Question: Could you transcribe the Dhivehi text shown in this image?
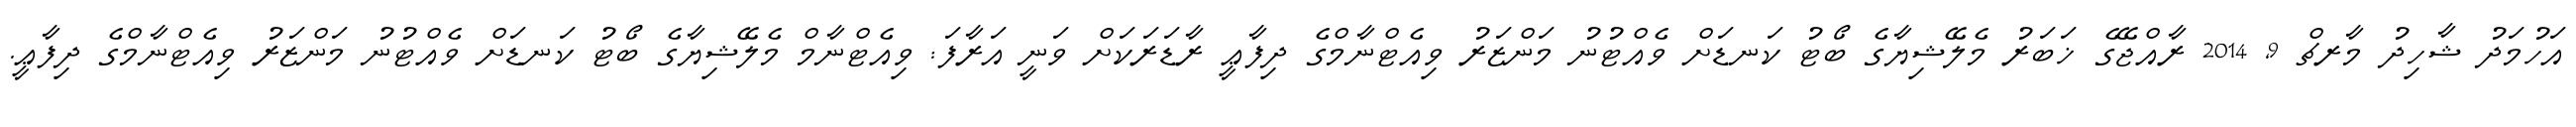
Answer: އަހުމަދު ޝާހިދު މާރޗް 9, 2014 ރާއްޖޭގެ ޚަބަރު މެލޭޝިޔާގެ ބޯޓު ކަނޑަށް ވެއްޓުނު މަންޒަރު ވިއެޓްނާމްގެ ދިފާޢީ ރާޑަރަކަށް ވަނީ އަރާފަ: ވިއެޓްނާމް މެލޭޝިޔާގެ ބޯޓު ކަނޑަށް ވެއްޓުނު މަންޒަރު ވިއެޓްނާމްގެ ދިފާޢީ.